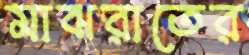
মাঝরাতের